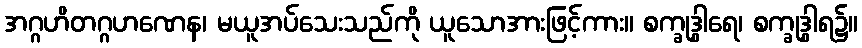
အဂ္ဂဟိတဂ္ဂဟဏေန၊ မယူအပ်သေးသည်ကို ယူသောအားဖြင့်ကား။ စက္ခုဒွါရေ၊ စက္ခုဒွါရ၌။